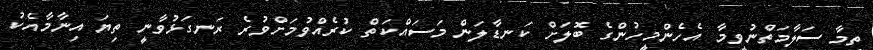
ތިމާ ސަލާމަތްނުވީމާ އެހެންމީހުންގެ ބޮލަށް ކަނޑާލަން މަސައްކަތް ކުރެއްވުމަށްވުރެ ރަނގަޅުވާނީ ތިޔަ އިނާމާއެކު